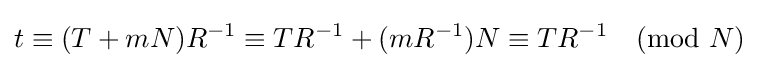
t\equiv (T+mN)R^{-1}\equiv TR^{-1}+(mR^{-1})N\equiv TR^{-1}{\pmod {N}}